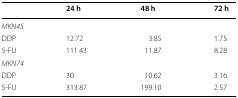
|  | 24 h | 48 h | 72 h |
 | --- | --- | --- | --- |
 | <COLSPAN=4> MKN45 |
 | DDP | 12.72 | 3.85 | 1.75 |
 | 5-FU | 111.43 | 11.87 | 8.28 |
 | <COLSPAN=4> MKN74 |
 | DDP | 30 | 10.62 | 3.16 |
 | 5-FU | 313.87 | 199.10 | 2.57 |